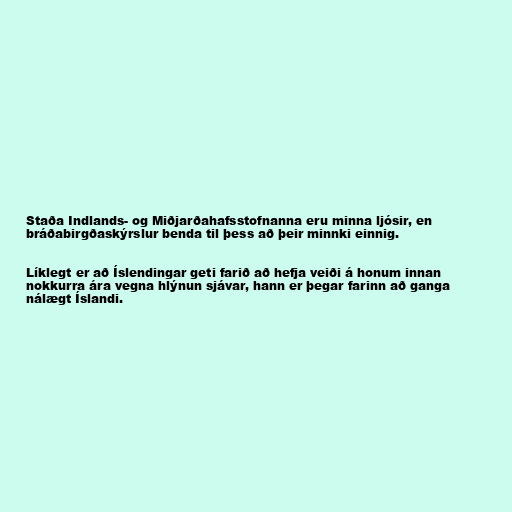
Staða Indlands- og Miðjarðahafsstofnanna eru minna ljósir, en
bráðabirgðaskýrslur benda til þess að þeir minnki einnig.

Líklegt er að Íslendingar geti farið að hefja veiði á honum innan
nokkurra ára vegna hlýnun sjávar, hann er þegar farinn að ganga
nálægt Íslandi.